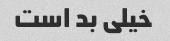
خیلی بد است